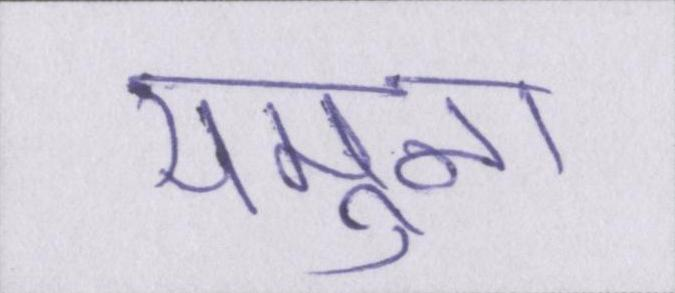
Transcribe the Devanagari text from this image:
यमुना